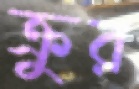
ক্রুর